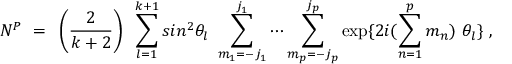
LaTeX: N ^ { \cal P } ~ = ~ \left( \frac { 2 } { k + 2 } \right) ~ \sum _ { l = 1 } ^ { k + 1 } s i n ^ { 2 } \theta _ { l } ~ \sum _ { m _ { 1 } = - j _ { 1 } } ^ { j _ { 1 } } \cdots \sum _ { m _ { p } = - j _ { p } } ^ { j _ { p } } \exp \{ 2 i ( \sum _ { n = 1 } ^ { p } m _ { n } ) ~ \theta _ { l } \} ~ ,